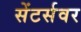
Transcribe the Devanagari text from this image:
सेंटर्सवर